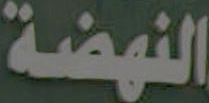
النهضة